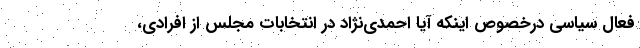
فعال سیاسی درخصوص اینکه آیا احمدی‌نژاد در انتخابات مجلس از افرادی،